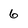
Character: 6